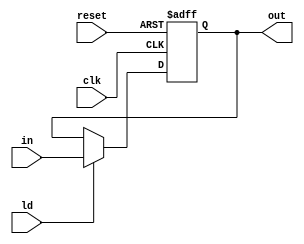
`timescale 1ns / 1ps
//////////////////////////////////////////////////////////////////////////////////
// Company: 
// Engineer: 
// 
// Design Name: 
// Module Name: shreg
// Project Name: 
// Target Devices: 
// Tool Versions: 
// Description: 
// 
// Dependencies: 
// 
// Revision:
// Revision 0.01 - File Cre7:0ated
// Additional Comments:
// 
//////////////////////////////////////////////////////////////////////////////////


module shreg(output reg [7:0] out, input [7:0] in, input ld,clk,reset);
always @(posedge clk, posedge reset)
begin
    if(reset) out <= 0;
    else if(ld) out <= in;
end
endmodule